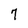
Character: 7